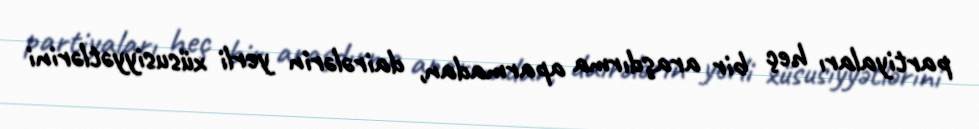
partiyaları heç bir araşdırma aparmadan, dairələrin yerli xüsusiyyətlərini